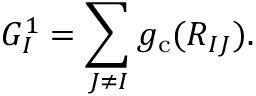
\begin{array} { r } { G _ { I } ^ { 1 } = \displaystyle \sum _ { J \neq I } { g _ { \mathrm { c } } ( R _ { I J } ) } . } \end{array}